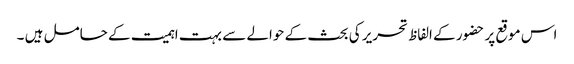
اس موقع پر حضور کے الفاظ تحریر کی بحث کے حوالے سے بہت اہمیت کے حامل ہیں ۔